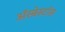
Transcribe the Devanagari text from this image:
ॲस्बेस्टॉस